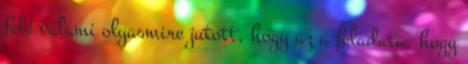
felé valami olyasmire jutott, hogy az a feladata, hogy